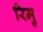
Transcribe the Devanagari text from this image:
रिमु